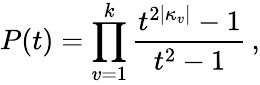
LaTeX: P(t)=\prod_{v=1}^{k}\frac{t^{2|\kappa_{v}|}-1}{t^{2}-1}\, ,